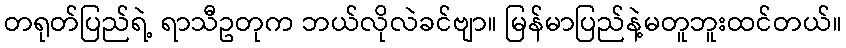
တရုတ်ပြည်ရဲ့ ရာသီဥတုက ဘယ်လိုလဲခင်ဗျာ။ မြန်မာပြည်နဲ့မတူဘူးထင်တယ်။